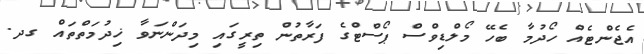
އެޖެންޓެއް ހޯދުމާ ބެހޭ މޯލްޑިވްސް ޕޯސްޓްގެ ފަރާތުން ތިރީގައި މިދަންނަވާ ޚިދުމަތްތައް ގދ.